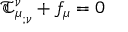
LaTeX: { { \mathfrak { T } } _ { \mu } ^ { \nu } } _ { ; \nu } + f _ { \mu } = 0